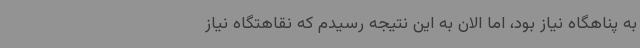
به پناهگاه نیاز بود، اما الان به این نتیجه رسیدم که نقاهتگاه نیاز